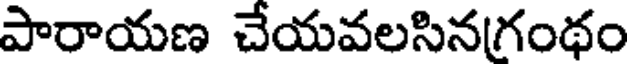
పారాయణ చేయవలసినగంథం